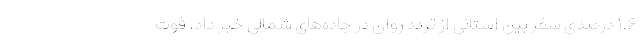
۱.۶ درصدی سفر بین استانی از تردد روان در جاده‌های شمالی خبر داد. فوت